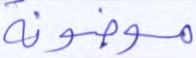
موضونة